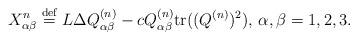
LaTeX: \begin{align*}X^n_{\alpha\beta}\stackrel{\rm def}{=}L\Delta Q^{(n)}_{\alpha\beta}-cQ^{(n)}_{\alpha\beta}\textrm{tr}((Q^{(n)})^2),\,\alpha,\beta=1,2,3.\end{align*}